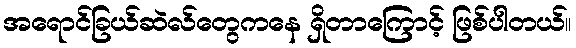
အရောင်ခြယ်ဆဲလ်တွေကနေ ရှိတာကြောင့် ဖြစ်ပါတယ်။